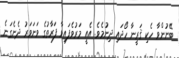
ބޭނުންވާ ހެކި ޤަރީނާ ހޯދައި ދިނުމެވެ. އެއީ މަރުވެފައިވާ ފަރާތުގެ ވަނަވަރު ދެނެގަނެ